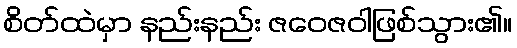
စိတ်ထဲမှာ နည်းနည်း ဇဝေဇဝါဖြစ်သွား၏။